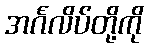
အင်္ဂလိပ်တို့ကို